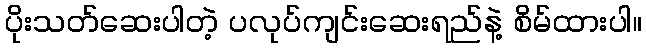
ပိုးသတ်ဆေးပါတဲ့ ပလုပ်ကျင်းဆေးရည်နဲ့ စိမ်ထားပါ။